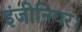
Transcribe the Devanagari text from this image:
इंजीनियर।